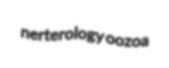
nerterology oozoa